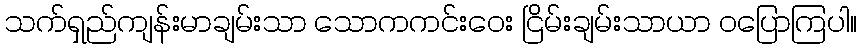
သက်ရှည်ကျန်းမာချမ်းသာ သောကကင်းဝေး ငြိမ်းချမ်းသာယာ ဝပြောကြပါ။